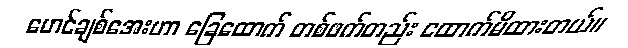
မောင်ချစ်အေးဟာ ခြေထောက် တစ်ဖက်တည်း ထောက်မိထားတယ်။